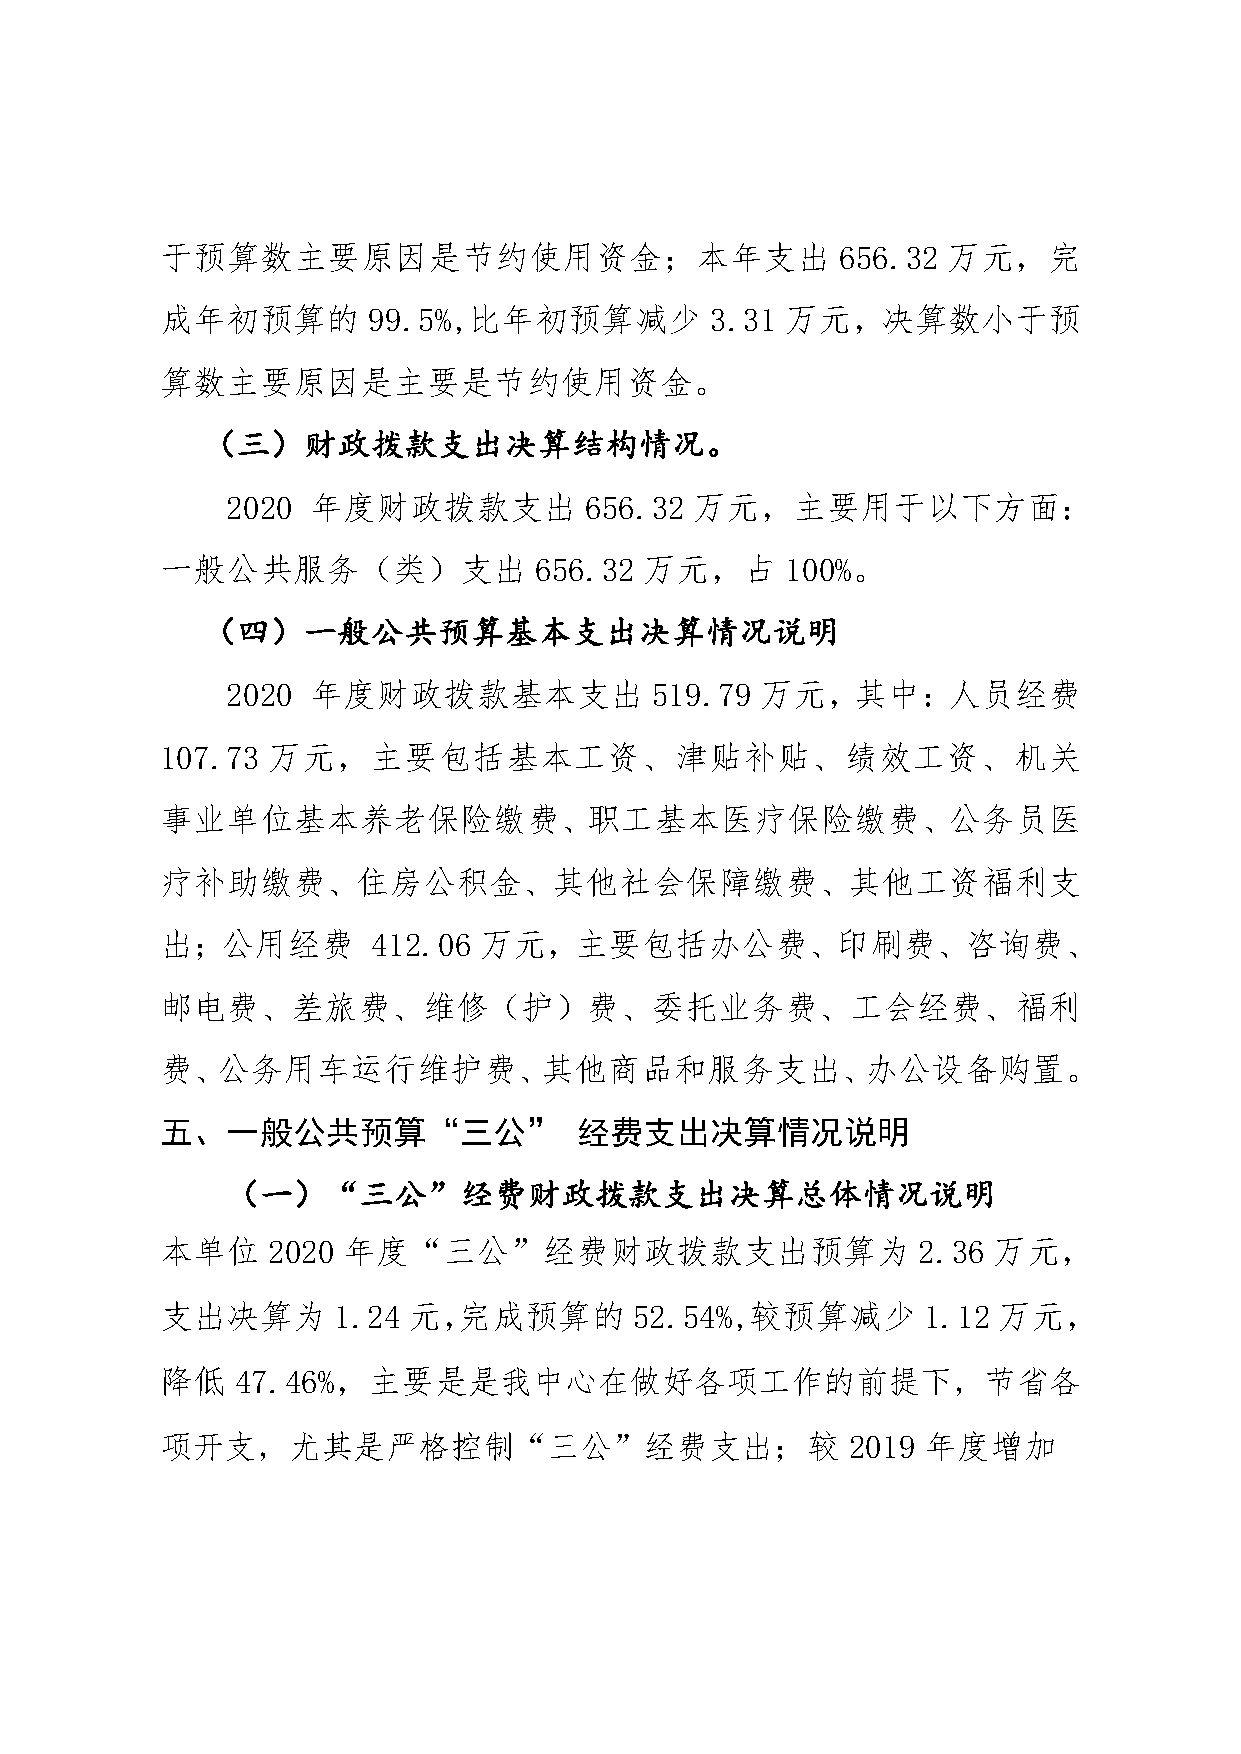
于预算数主要原因是节约使用资金；本年支出                        656.32  万元，完
 成年初预算的       99.5%,比年初预算减少          3.31 万元，决算数小于预
 算数主要原因是主要是节约使用资金。
 （三）财政拨款支出决算结构情况。
 2020 年度财政拨款支出           656.32 万元，主要用于以下方面：
 一般公共服务（类）支出             656.32  万元，占     100%。
 （四）一般公共预算基本支出决算情况说明
 2020 年度财政拨款基本支出             519.79 万元，其中：人员经费
 107.73 万元，主要包括基本工资、津贴补贴、绩效工资、机关
 事业单位基本养老保险缴费、职工基本医疗保险缴费、公务员医
 疗补助缴费、住房公积金、其他社会保障缴费、其他工资福利支
 出；公用经费        412.06 万元，主要包括办公费、印刷费、咨询费、
 邮电费、差旅费、维修（护）费、委托业务费、工会经费、福利
 费、公务用车运行维护费、其他商品和服务支出、办公设备购置。
 五、一般公共预算“三公”               经费支出决算情况说明
 （一）“三公”经费财政拨款支出决算总体情况说明
 本单位    2020 年度“三公”经费财政拨款支出预算为                     2.36 万元，
 支出决算为      1.24 元，完成预算的        52.54%,较预算减少       1.12 万元，
 降低   47.46%，主要是是我中心在做好各项工作的前提下，节省各
 项开支，尤其是严格控制“三公”经费支出；较                        2019 年度增加